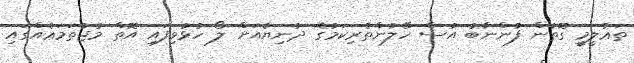
ތަޢުލީމީ ގޮތުން ފުންނާބު އުސް ހޭލުންތެރިކަމުގެ ދުނިޔެއަށް ލޯ ހުޅުވިފައި އޮތް މުޖުތަމަޢެއްގައި